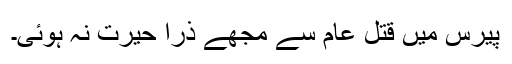
پیرس میں قتل عام سے مجھے ذرا حیرت نہ ہوئی۔